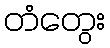
တံတွေး